Eesti_Ajutise_Maavalitsuse_haridusosakond, lk 14
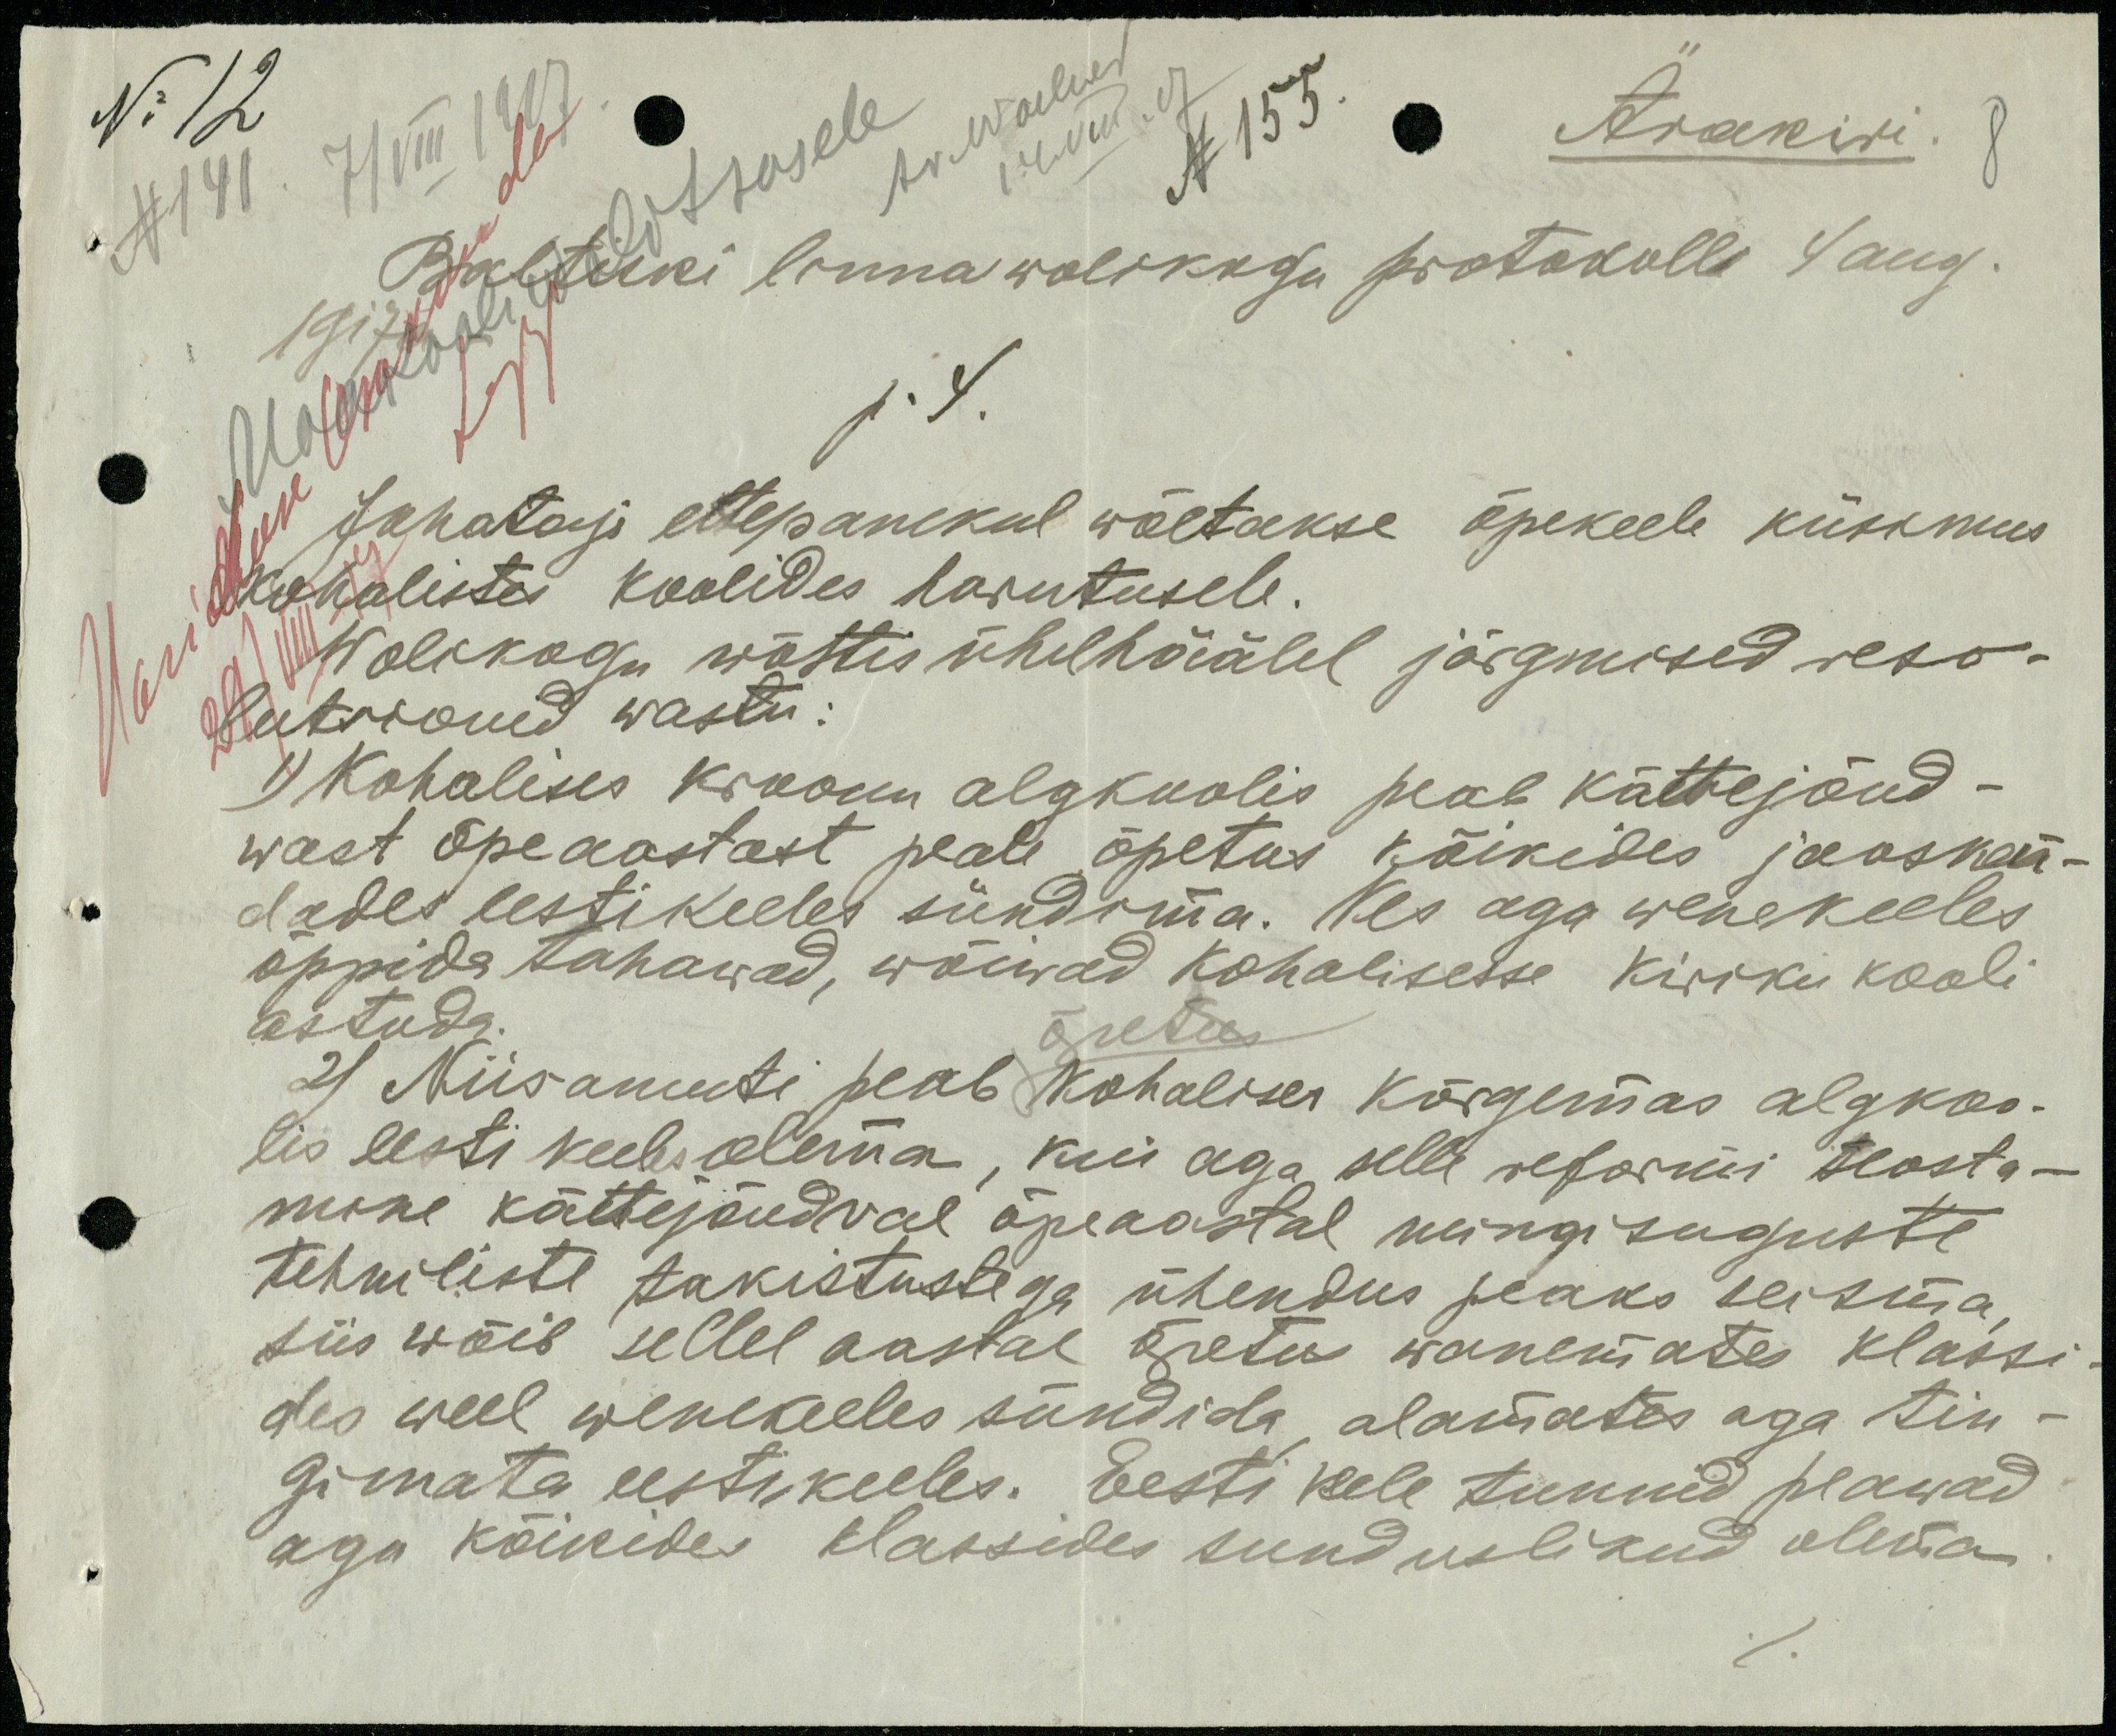
No 12
N 141. 7/VIII 1917
Ärakiri
8
Baltiski linnawolikogu protokolli 4 aug.
1917
Juhataja ettepanekul wõetakse õpekeele küskmus
kohalistes koolides harutusele.
Wolikogu wõttis ühelhäälel järgmised reso-
lutsionid wastu:
1) Kohalises kroonu algkoolis peab kättejõud-
wast õpeaastast peale õpetus kõikides jaoskon-
dades eestikeeles sündima. Kes aga wenekeeles
õppida tahawad, wõiwad kohalisesse kiriku kooli
astuda.
õpetus.
2) Niisamuti peab kohalises kõrgemas algkoo-
lis eesti keeles olema, kui aga selle reformi teosta-
mine kättejõudval õpeaastal mingisuguste
tehniliste takistustega ühendus peaks seisma,
siis wõib sellel aastal õpetus wanemate klassi-
des weel wenekeeles sündida alamates aga tin-
gimata eestikeeles. Eesti keele tunnid peawad
aga kõikides klassides sunduslikud olema.